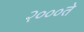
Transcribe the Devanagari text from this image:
२०००ते